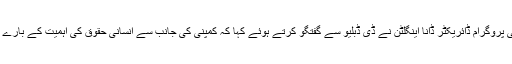
ایمنسٹی انٹرنیشنل کے ٹیکنالوجی سے متعلق شعبے کی ڈپٹی پروگرام ڈائریکٹر ڈانا اینگلٹن نے ڈی ڈبلیو سے گفتگو کرتے ہوئے کہا کہ کمپنی کی جانب سے انسانی حقوق کی اہمیت کے بارے میں بیانات دینے اور اس پر عمل کرنے میں بہت فرق ہے۔